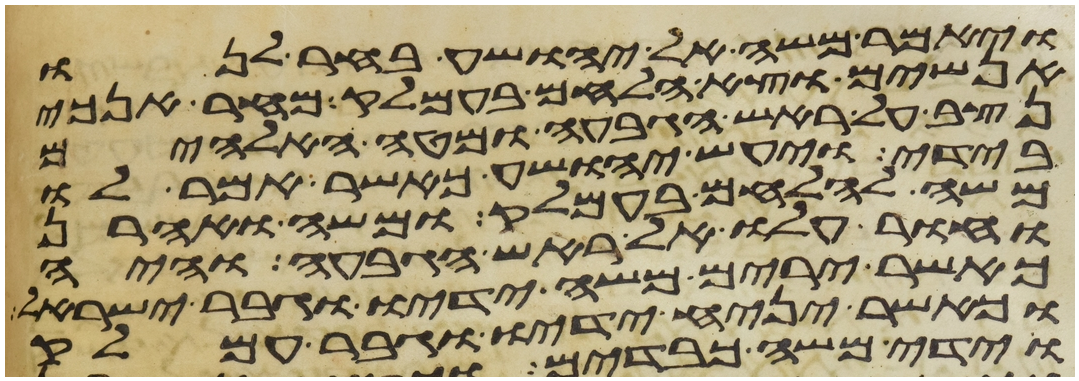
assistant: ויאמר משה ליהושע בחר לנו
אנשים וצא הלחם בעמלק מחר אנכי
נצב על ראש הגבעה ומטה האלהים
בידי ויעש יהושע כאשר אמר לו
משה להלחם בעמלק ומשה ואהרן
וחור עלו אל ראש הגבעה והיה
כאשר ירים משה ידיו וגבר ישראל
וכאשר יניח ידיו וגבר עמלק